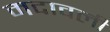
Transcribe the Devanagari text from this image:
मदावली